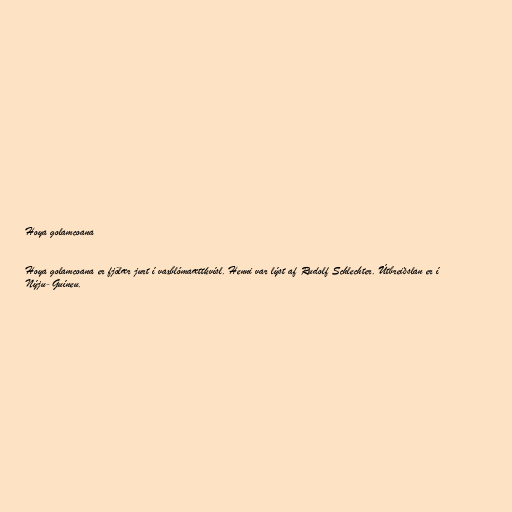
Hoya golamcoana

Hoya golamcoana er fjölær jurt í vaxblómaættkvísl. Henni var lýst af Rudolf Schlechter. Útbreiðslan er í
Nýju-Guíneu.